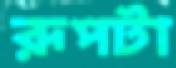
রূপটা